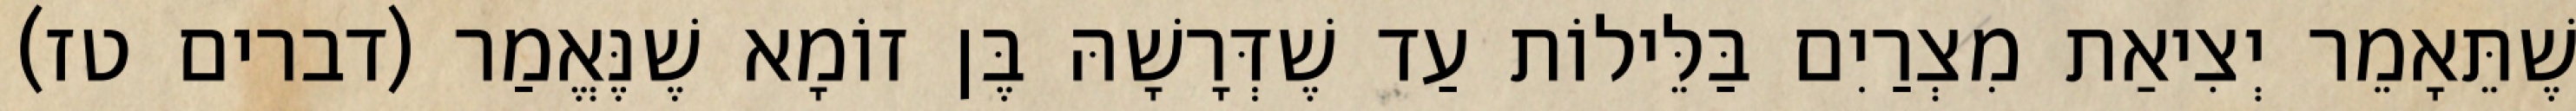
שֶׁתֵּאָמֵר יְצִיאַת מִצְרַיִם בַּלֵּילוֹת עַד שֶׁדְּרָשָׁהּ בֶּן זוֹמָא שֶׁנֶּאֱמַר (דברים טז)